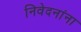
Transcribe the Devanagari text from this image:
निवेदनांना